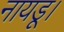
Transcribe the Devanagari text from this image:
नायडू।